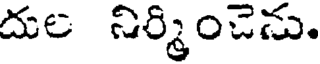
దుల నిర్మించెను.